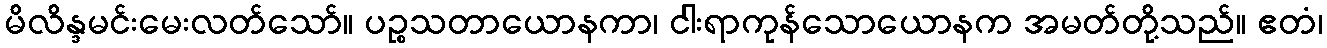
မိလိန္ဒမင်းမေးလတ်သော်။ ပဉ္စသတာယောနကာ၊ ငါးရာကုန်သောယောနက အမတ်တို့သည်။ ဧတံ၊